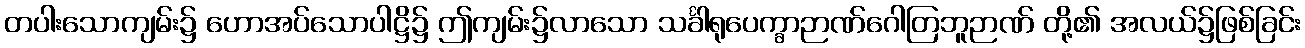
တပါးသောကျမ်း၌ ဟောအပ်သောပါဋ္ဌိ၌ ဤကျမ်း၌လာသော သင်္ခါရုပေက္ခာဉာဏ်ဂေါတြဘူဉာဏ် တို့၏ အလယ်၌ဖြစ်ခြင်း